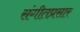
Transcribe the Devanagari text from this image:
संगीतप्रसार